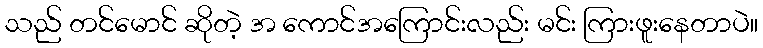
သည် တင်မောင် ဆိုတဲ့ အ ကောင်အကြောင်းလည်း မင်း ကြားဖူးနေတာပဲ။